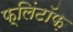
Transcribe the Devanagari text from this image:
फ़्लिंटॉफ़